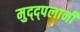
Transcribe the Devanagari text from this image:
मुद्द्पलानी